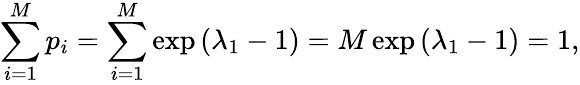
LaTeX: \sum_{i=1}^{M}p_{i}=\sum_{i=1}^{M}\exp{(\lambda_{1}-1)}=M\exp{(\lambda_{1}-1)}=1,